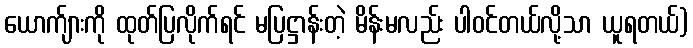
ယောက်ျားကို ထုတ်ပြလိုက်ရင် မပြဋ္ဌာန်းတဲ့ မိန်းမလည်း ပါဝင်တယ်လို့သာ ယူရတယ်)